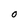
Character: O